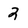
Character: 2